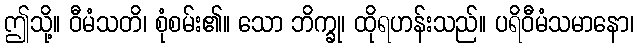
ဤသို့။ ဝီမံသတိ၊ စုံစမ်း၏။ သော ဘိက္ခု၊ ထိုရဟန်းသည်။ ပရိဝီမံသမာနော၊